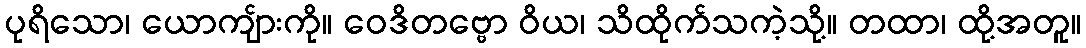
ပုရိသော၊ ယောကျ်ားကို။ ဝေဒိတဗ္ဗော ဝိယ၊ သိထိုက်သကဲ့သို့။ တထာ၊ ထို့အတူ။